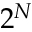
2 ^ { N }